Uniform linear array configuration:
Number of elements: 24
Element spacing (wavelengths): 1
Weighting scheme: kaiser
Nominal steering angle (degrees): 30
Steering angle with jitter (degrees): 30.642
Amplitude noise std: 0.05
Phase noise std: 0.05

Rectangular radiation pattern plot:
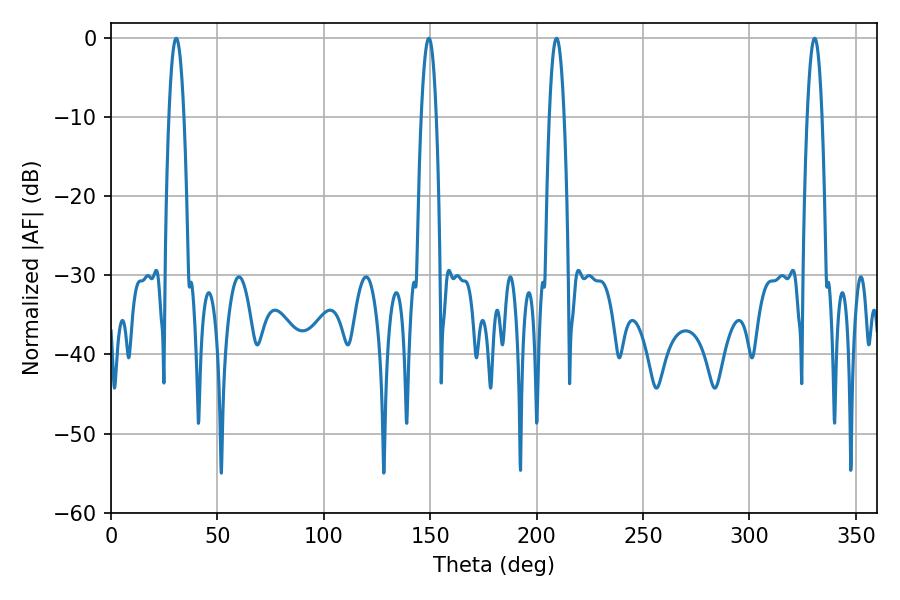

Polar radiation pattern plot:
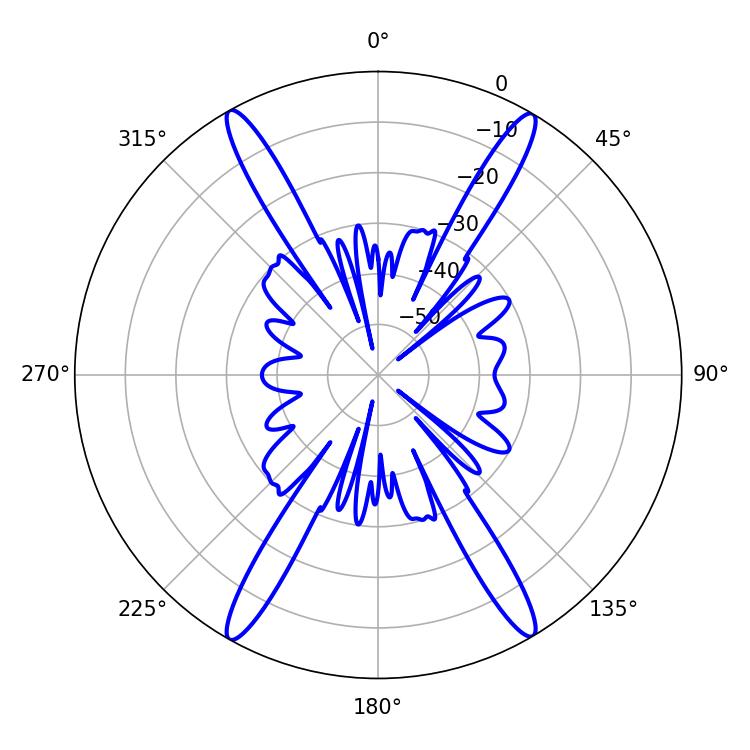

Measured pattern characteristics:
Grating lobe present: TRUE
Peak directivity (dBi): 27.09
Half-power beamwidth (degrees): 3.78
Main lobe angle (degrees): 209.34